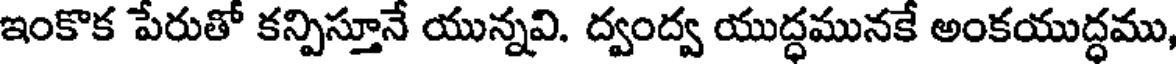
ఇంకొక పేరుతో కన్పిస్తూనే యున్నవి. ద్వంద్వ యుద్ధమునకే అంకయుద్ధము,